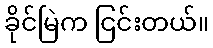
ခိုင်မြဲက ငြင်းတယ်။